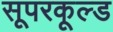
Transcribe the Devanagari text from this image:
सूपरकूल्ड